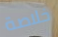
خلاصة